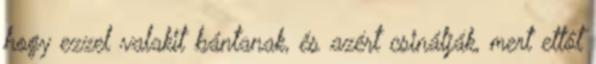
hogy ezzel valakit bántanak, és azért csinálják, mert ettől